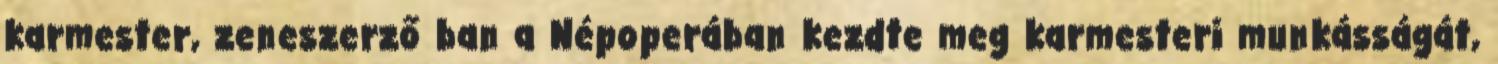
karmester, zeneszerző ban a Népoperában kezdte meg karmesteri munkásságát,